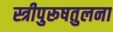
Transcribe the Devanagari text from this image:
स्त्रीपुरूषतुलना